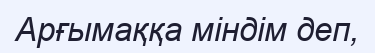
Арғымаққа міндім деп,